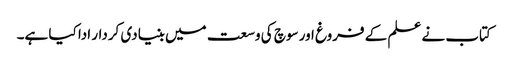
کتاب نے علم کے فروغ اور سوچ کی وسعت میں بنیادی کردار ادا کیا ہے۔